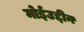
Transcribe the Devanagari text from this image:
मोईउद्दीन